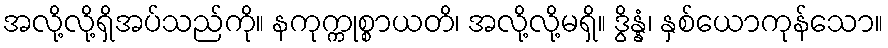
အလို့လို့ရှိအပ်သည်ကို။ နကုက္ကုစ္စာယတိ၊ အလို့လို့မရှိ။ ဒွိန္နံ၊ နှစ်ယောကုန်သော။